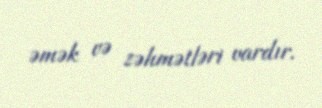
əmək və zəhmətləri vardır.